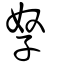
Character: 孥